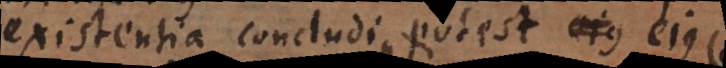
existentia concludi non potest, ejus